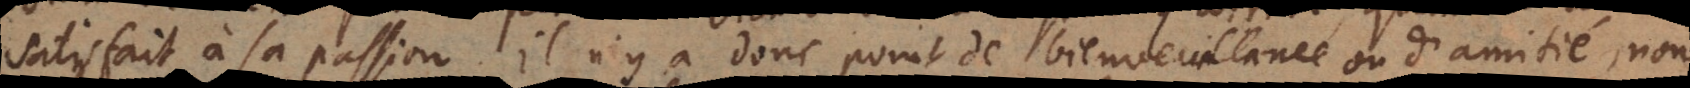
satisfait à sa passion. Il n’y a donc point de bienveuillance ou d’amitié, no